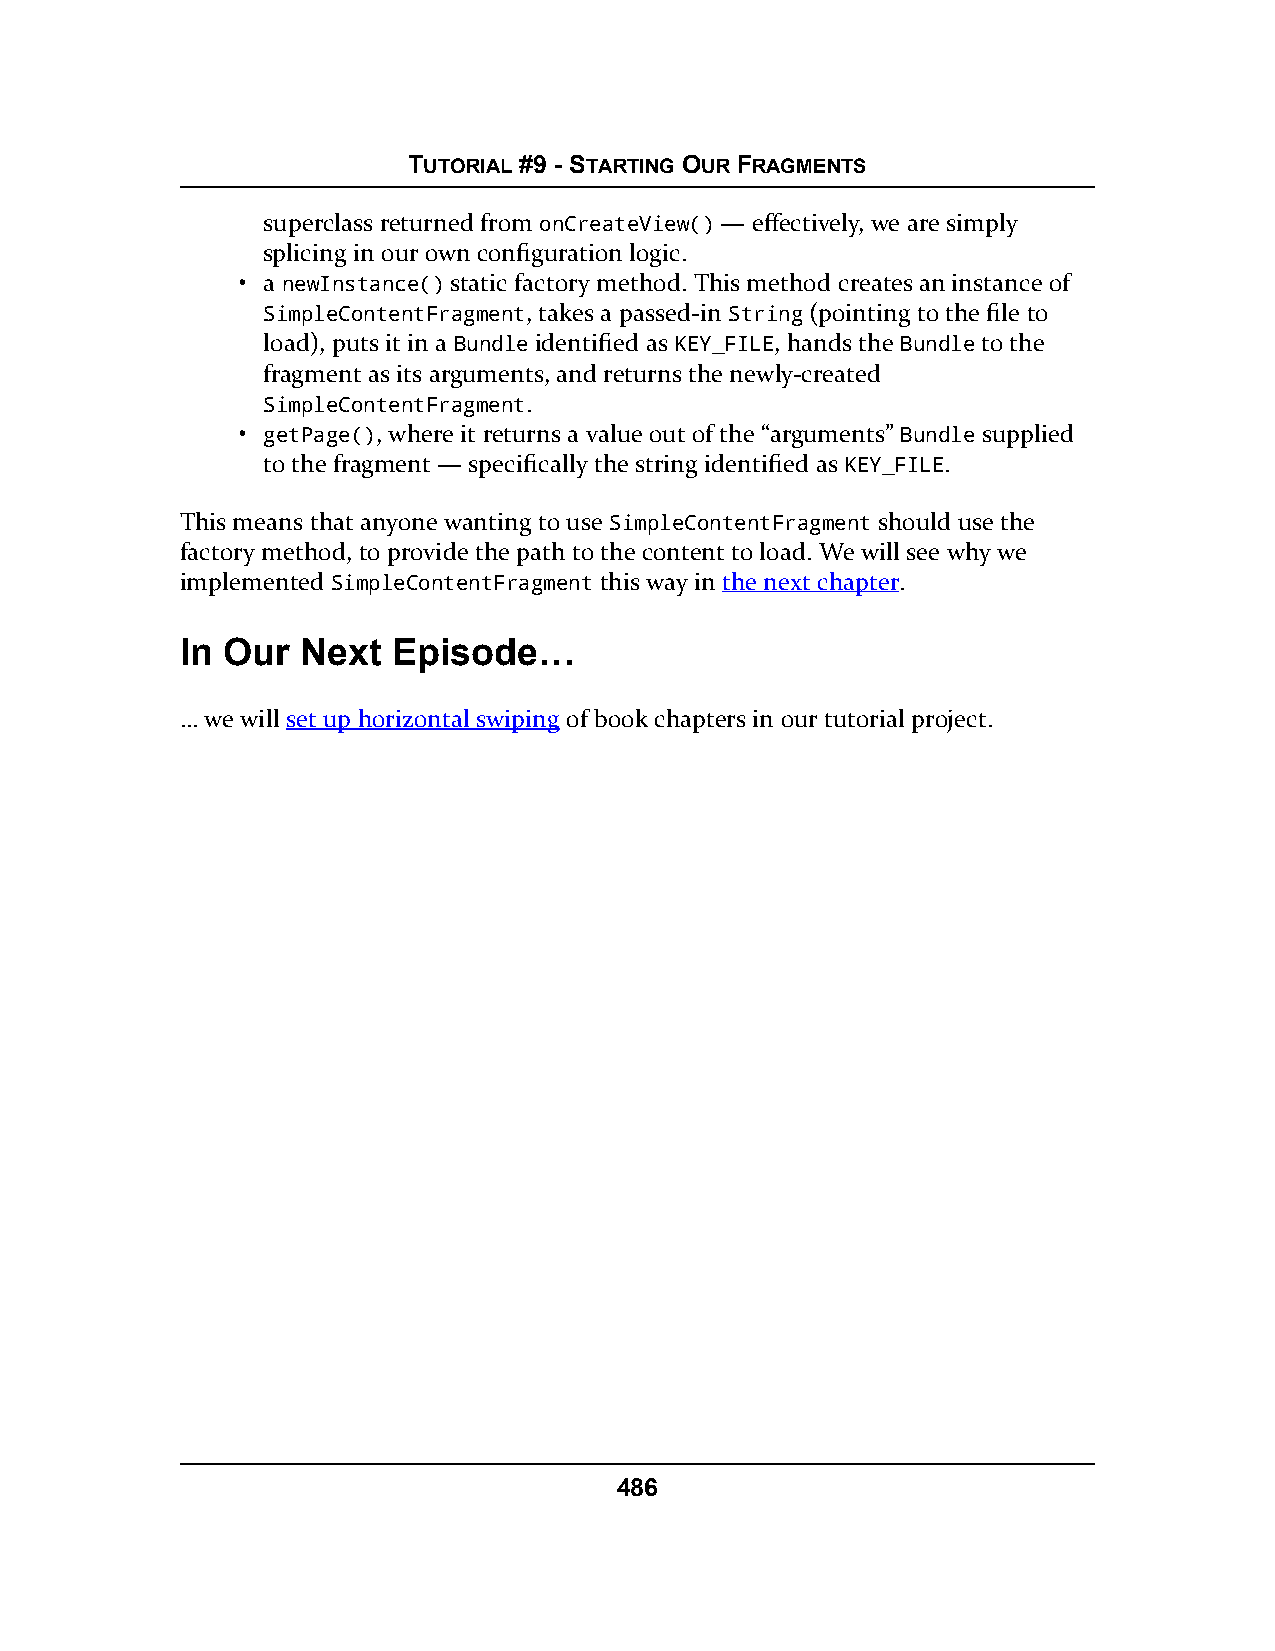
TUTORIAL #9 - STARTING OUR FRAGMENTS
 superclass returned from onCreateView() — effectively, we are simply
 splicing in our own configuration logic.
 • a newInstance() static factory method. This method creates an instance of
 SimpleContentFragment, takes a passed-in String (pointing to the file to
 load), puts it in a Bundle identified as KEY_FILE, hands the Bundle to the
 fragment as its arguments, and returns the newly-created
 SimpleContentFragment.
 • getPage(), where it returns a value out of the “arguments” Bundle supplied
 to the fragment — specifically the string identified as KEY_FILE.
 This means that anyone wanting to use SimpleContentFragment should use the
 factory method, to provide the path to the content to load. We will see why we
 implemented SimpleContentFragment this way in the next chapter.
 In Our  Next  Episode…
 … we will set up horizontal swiping of book chapters in our tutorial project.
 486